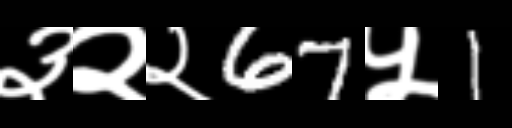
Text: ३२२67५1